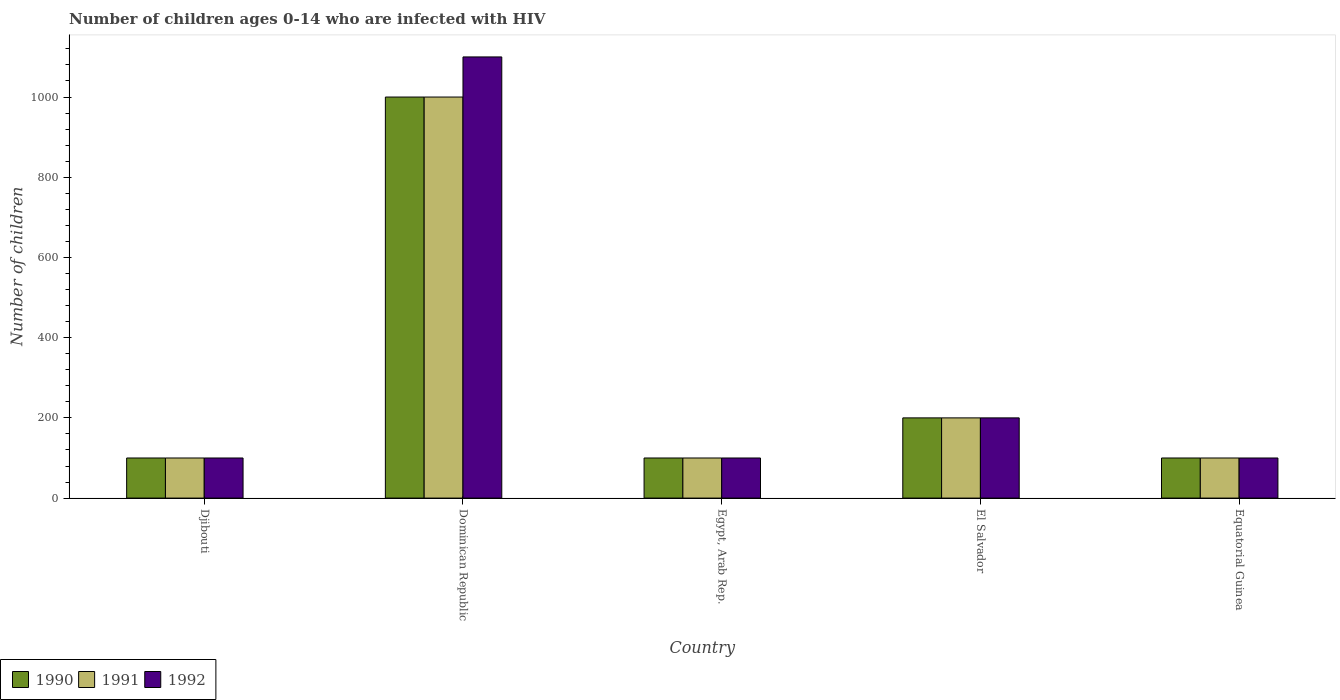
| Country | 1990 | 1991 | 1992 |
 | --- | --- | --- | --- |
 | Djibouti | 100 | 100 | 100 |
 | Dominican Republic | 1e+03 | 1e+03 | 1.1e+03 |
 | Egypt, Arab Rep. | 100 | 100 | 100 |
 | El Salvador | 200 | 200 | 200 |
 | Equatorial Guinea | 100 | 100 | 100 |